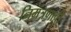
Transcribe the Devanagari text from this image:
निमंत्रणाची